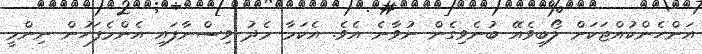
އަންހެންކުއްޖަކަށް ލޯބިވެއޭ ބުނެވިގެން ނުވާނެ އެވެ. އެކަމާ މެދު ވިސްނާފައި އެންމެފަހުން ނިންމީ